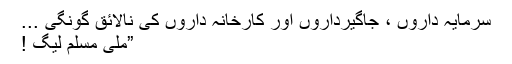
سرمایہ داروں ، جاگیرداروں اور کارخانہ داروں کی نالائق گونگی ...
”ملی مسلم لیگ !